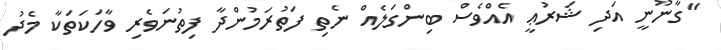
"ގާނޫނީ އަދި ޝަރުޢީ އެއްވެސް ބިންގަލެއް ނެތި ފަތުރަމުންދާ ފިތުނަވެރި ވާހަކަތަކާ މެދު